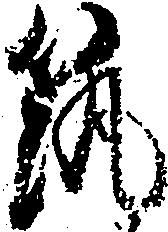
筑